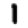
Digit: 1